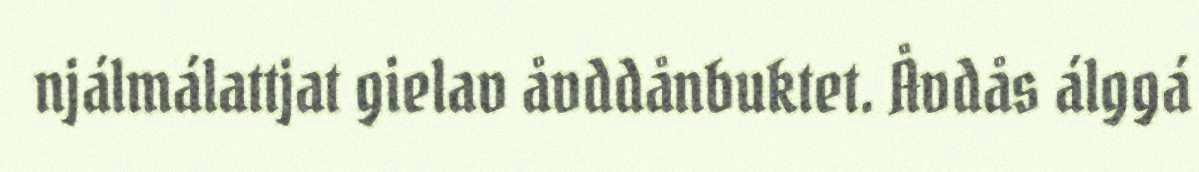
njálmálattjat gielav åvddånbuktet. Åvdås álggá